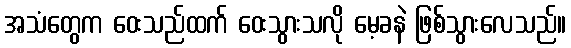
အသံတွေက ဝေးသည်ထက် ဝေးသွားသလို မေ့ခနဲ ဖြစ်သွားလေသည်။